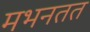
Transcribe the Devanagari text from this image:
मभनतत